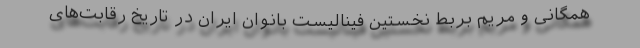
همگانی و مریم بربط نخستین فینالیست بانوان ایران در تاریخ رقابت‌های